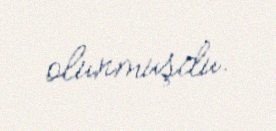
olunmuşdu.